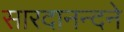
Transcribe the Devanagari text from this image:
सारदानन्दने